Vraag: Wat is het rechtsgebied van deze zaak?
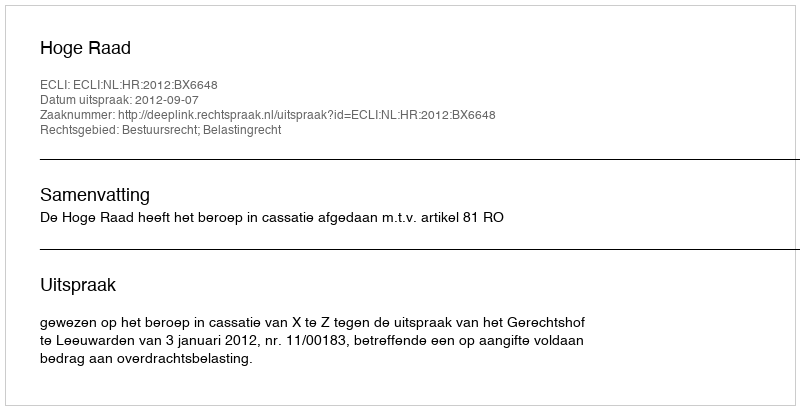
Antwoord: Bestuursrecht; Belastingrecht